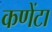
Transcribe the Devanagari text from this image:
कणेंटा